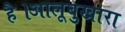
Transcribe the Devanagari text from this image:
है।आलूबुखारा